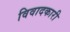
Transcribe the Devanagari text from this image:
विवादकारी